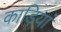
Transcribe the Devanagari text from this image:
काड़ियां